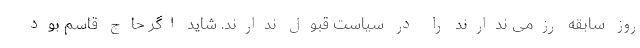
روز سابقه رزمی ندارند را در سیاست قبول ندارند. شاید اگر حاج قاسم بود